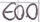
Text: E0.0